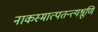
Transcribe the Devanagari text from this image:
नाकस्मात्पतन्त्यश्रूणि